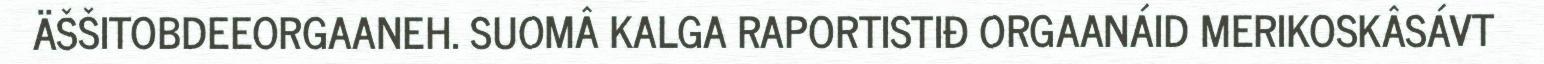
ÄŠŠITOBDEEORGAANEH. SUOMÂ KALGA RAPORTISTIĐ ORGAANÁID MERIKOSKÂSÁVT